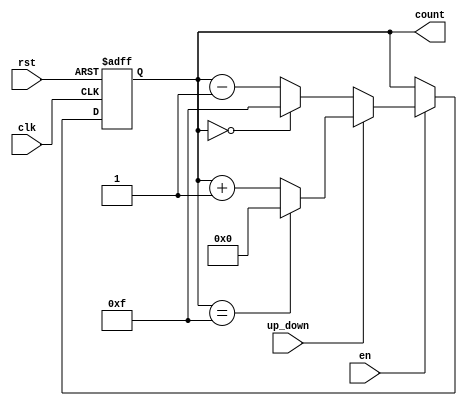
module up_down_counter (
    input wire clk,         // Clock signal
    input wire rst,         // Asynchronous reset
    input wire en,          // Enable signal
    input wire up_down,     // Up/Down control signal
    output reg [N-1:0] count // Count output (N-bit wide)
);
    parameter N = 4; // Define the bit-width of the counter (can be modified)

    always @(posedge clk or posedge rst) begin
        if (rst) begin
            count <= 0; // Reset the counter to zero
        end else if (en) begin
            if (up_down) begin
                // Count up
                if (count == (2**N - 1)) begin
                    count <= 0; // Wrap around to zero on overflow
                end else begin
                    count <= count + 1; // Increment count
                end
            end else begin
                // Count down
                if (count == 0) begin
                    count <= (2**N - 1); // Wrap around to max value on underflow
                end else begin
                    count <= count - 1; // Decrement count
                end
            end
        end
    end
endmodule